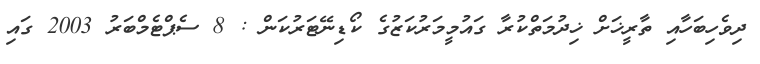
ދިވެހިބަހާއި ތާރީޚަށް ޚިދުމަތްކުރާ ގައުމީމަރުކަޒުގެ ކޯޑިނޭޓަރުކަން : 8 ސެޕްޓެމްބަރު 2003 ގައި